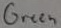
Text: Green